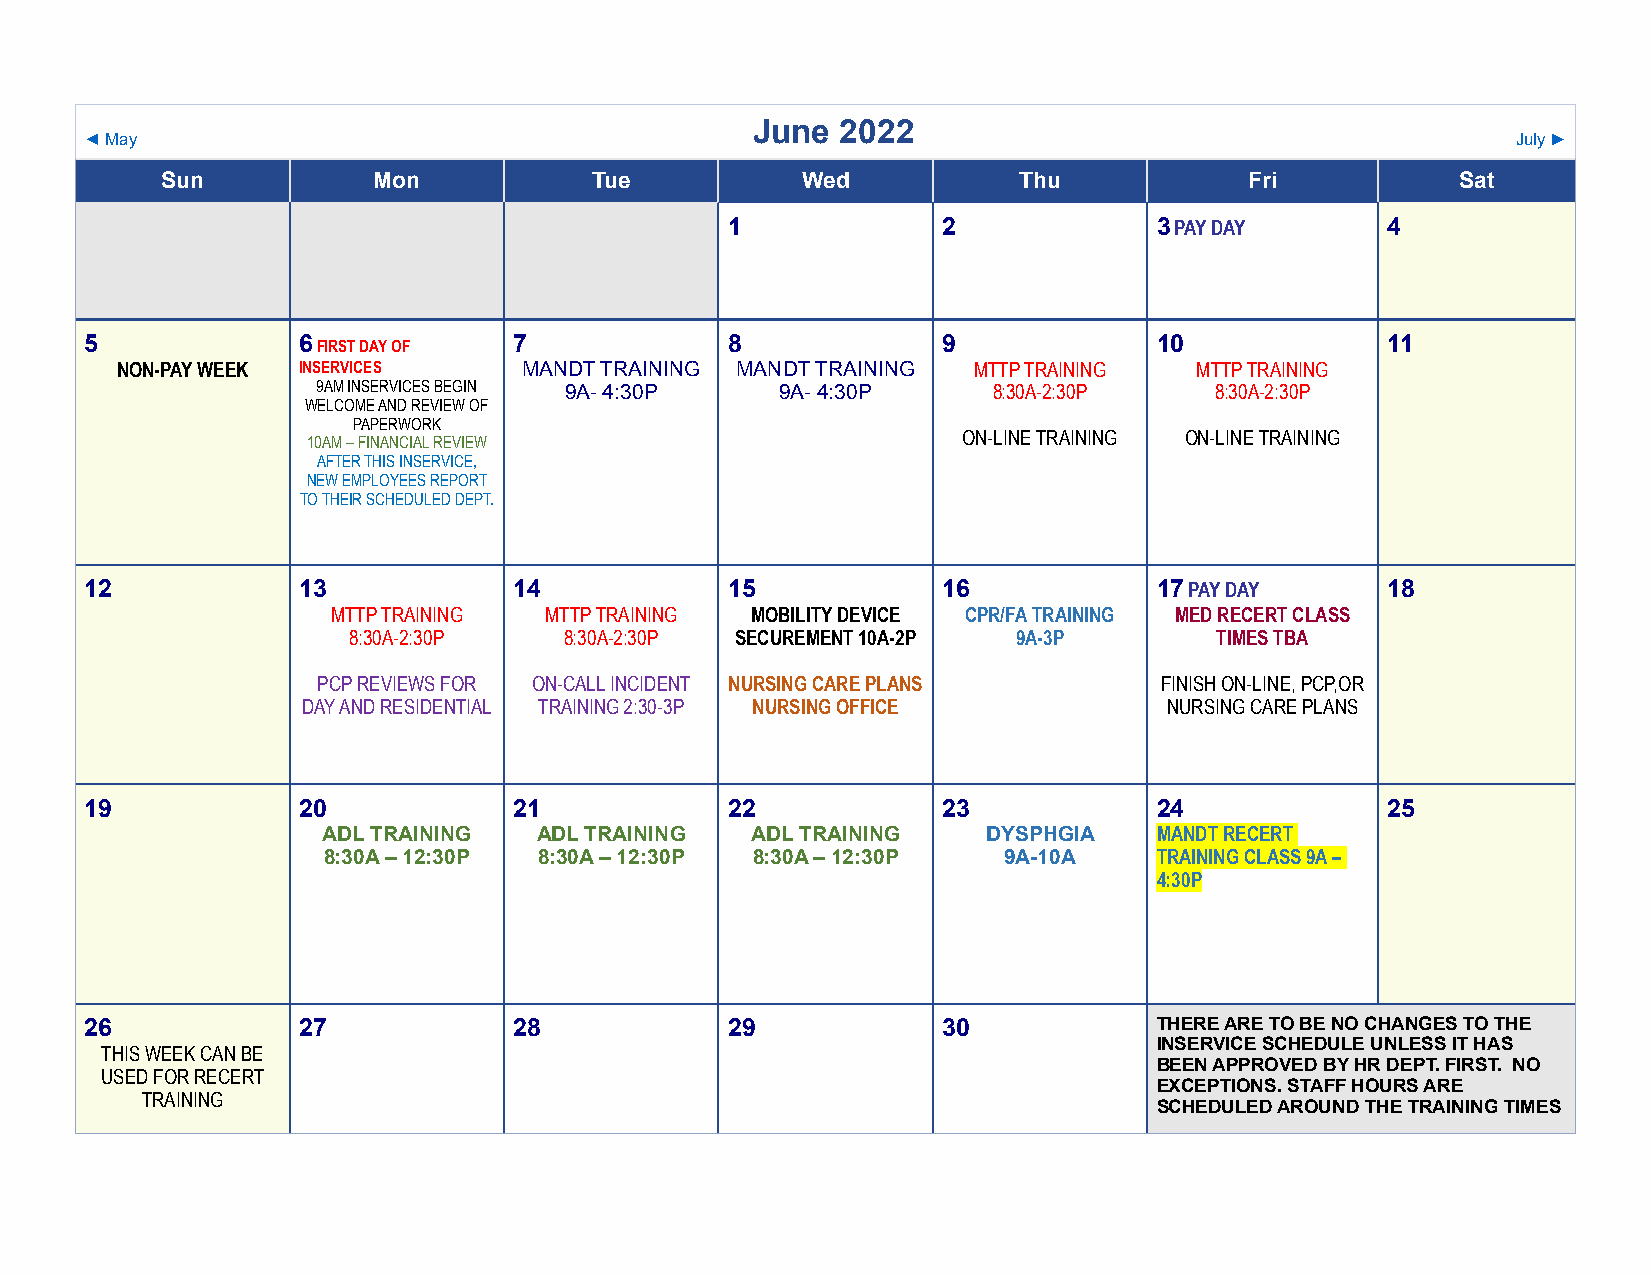
June  2022
 ◄ May                                                                                         July ►
 Sun           Mon           Tue           Wed           Thu             Fri           Sat
 1             2              3 PAY DAY      4
 5             6             7             8             9              10             11
 FIRST DAY OF
 NON-PAY WEEK INSERVICES    MANDT TRAINING MANDT TRAINING MTTP TRAINING MTTP TRAINING
 9AM INSERVICES BEGIN 9A- 4:30P 9A- 4:30P     8:30A-2:30P   8:30A-2:30P
 WELCOME AND REVIEW OF
 PAPERWORK
 10AM – FINANCIAL REVIEW                     ON-LINE TRAINING ON-LINE TRAINING
 AFTER THIS INSERVICE,
 NEW EMPLOYEES REPORT
 TO THEIR SCHEDULED DEPT.
 12            13            14            15            16             17 PAY DAY     18
 MTTP TRAINING MTTP TRAINING MOBILITY DEVICE CPR/FA TRAINING MED RECERT CLASS
 8:30A-2:30P   8:30A-2:30P SECUREMENT 10A-2P 9A-3P        TIMES TBA
 PCP REVIEWS FOR ON-CALL INCIDENT NURSING CARE PLANS     FINISH ON-LINE, PCP,OR
 DAY AND RESIDENTIAL TRAINING 2:30-3P NURSING OFFICE      NURSING CARE PLANS
 19            20            21            22            23             24             25
 ADL TRAINING   ADL TRAINING  ADL TRAINING   DYSPHGIA    MANDT RECERT
 8:30A – 12:30P 8:30A – 12:30P 8:30A – 12:30P 9A-10A     TRAINING CLASS 9A –
 4:30P
 26            27            28            29            30             THERE ARE TO BE NO CHANGES TO THE
 INSERVICE SCHEDULE UNLESS IT HAS
 THIS WEEK CAN BE
 BEEN APPROVED BY HR DEPT. FIRST. NO
 USED FOR RECERT
 EXCEPTIONS. STAFF HOURS ARE
 TRAINING
 SCHEDULED AROUND THE TRAINING TIMES